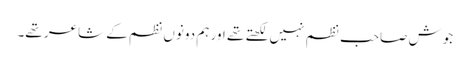
جوش صاحب نظم نہیں لکھتے تھے اور ہم دونوں نظم کے شاعر تھے۔